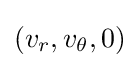
(v_{r},v_{\theta },0)